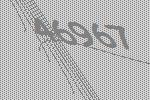
46967